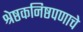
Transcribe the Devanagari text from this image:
श्रेष्ठकनिष्ठपणाचे